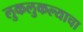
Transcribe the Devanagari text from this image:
लुकलुकल्याचा